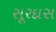
સૂરદાસ